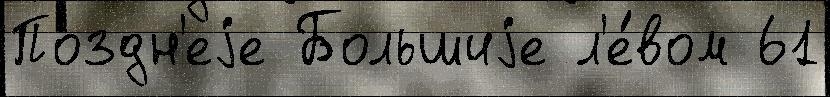
Поздн'еjе Большиjе л'е́вом 61